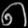
Digit: ၈